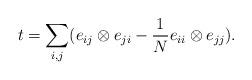
LaTeX: \begin{align*}t=\sum_{i,j}(e_{ij}\otimes e_{ji}-\frac1N e_{ii}\otimes e_{jj}).\end{align*}